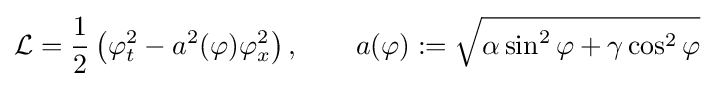
{\mathcal {L}}={\frac {1}{2}}\left(\varphi _{t}^{2}-a^{2}(\varphi )\varphi _{x}^{2}\right),\qquad a(\varphi ):={\sqrt {\alpha \sin ^{2}\varphi +\gamma \cos ^{2}\varphi }}